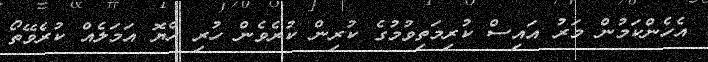
އެހެންކަމުން މަރު އައިސް ކުރިމަތިވުމުގެ ކުރިން ކުރެވެން ހުރި ހެޔޮ އަމަލެއް ކުރެވޭތޯ